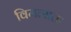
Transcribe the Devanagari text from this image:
विमत्सता